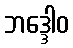
ဘဒ္ဒေါဝ